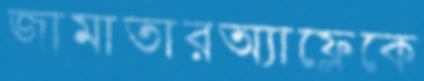
জামাতারঅ্যাফ্লেকে